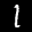
Label: 1